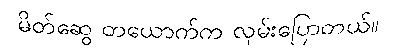
မိတ်ဆွေ တယောက်က လှမ်းပြောတယ်။